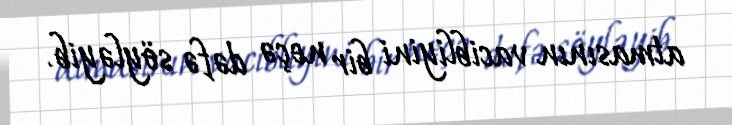
atmasının vacibliyini bir neçə dəfə söyləyib.